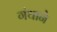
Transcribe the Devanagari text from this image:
गंथाने